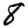
Digit: 8